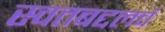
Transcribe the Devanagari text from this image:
स्वतबद्दलचं